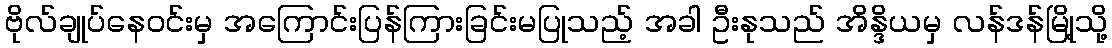
ဗိုလ်ချုပ်နေဝင်းမှ အကြောင်းပြန်ကြားခြင်းမပြုသည့် အခါ ဦးနုသည် အိန္ဒိယမှ လန်ဒန်မြို့သို့